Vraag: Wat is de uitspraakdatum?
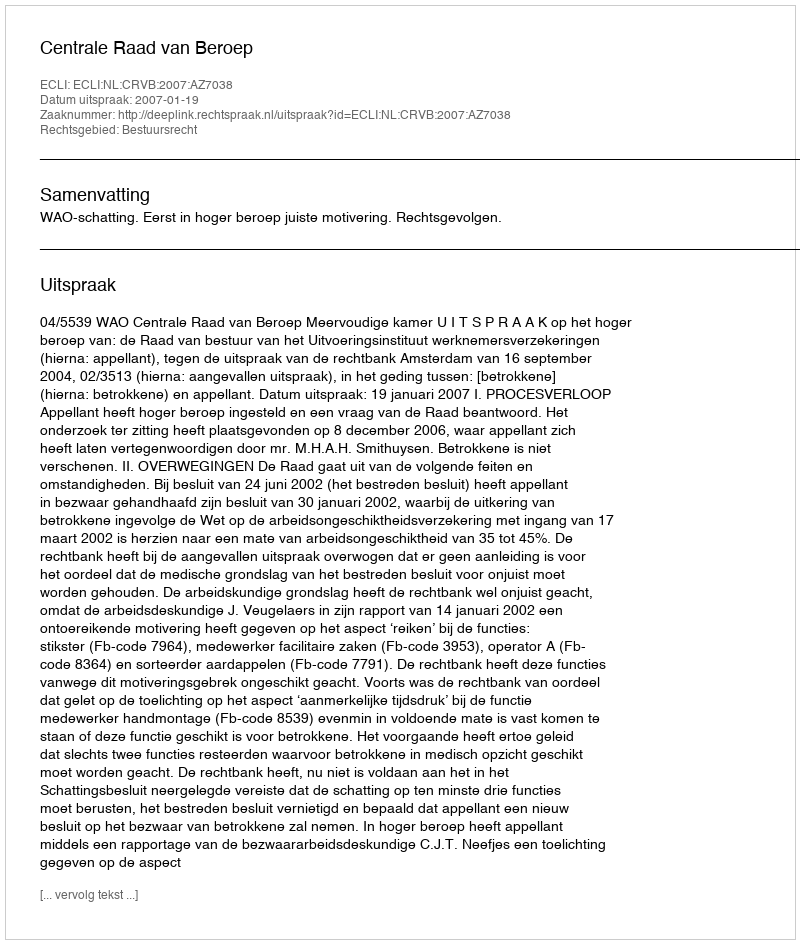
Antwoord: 2007-01-19